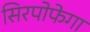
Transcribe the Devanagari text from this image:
सिरपोफेगा